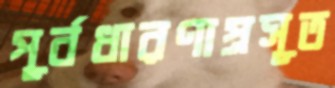
পূর্বধারণাপ্রসূত